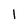
Character: l